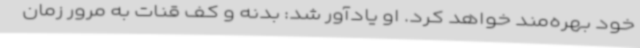
خود بهره‌مند خواهد کرد. او یادآور شد: بدنه و کف قنات به مرور زمان